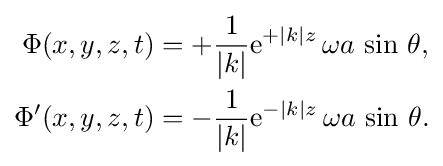
{\begin{aligned}\Phi (x,y,z,t)&=+{\frac {1}{|k|}}{\text{e}}^{+|k|z}\,\omega a\,\sin \,\theta ,\\\Phi '(x,y,z,t)&=-{\frac {1}{|k|}}{\text{e}}^{-|k|z}\,\omega a\,\sin \,\theta .\end{aligned}}